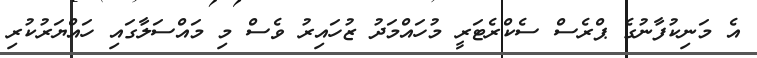
އެ މަނިކުފާނުގެ ޕްރެސް ސެކްރެޓަރީ މުހައްމަދު ޒުހައިރު ވެސް މި މައްސަލާގައި ހައްޔަރުކުރި